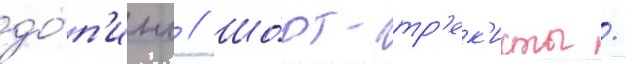
до́п'инг // Шо́рт-тр'ек'исты /